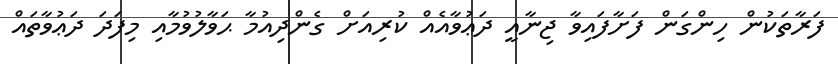
ފަރާތަކުން ހިންގަން ފަށާފައިވާ ޖިނާއީ ދަޢުވާއެއް ކުރިއަށް ގެންދިއުމާ ޙަވާލުވުމާއި މިފަދަ ދަޢުވާތައް